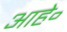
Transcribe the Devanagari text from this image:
आहे॰